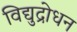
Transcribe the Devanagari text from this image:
विद्युद्रोधन